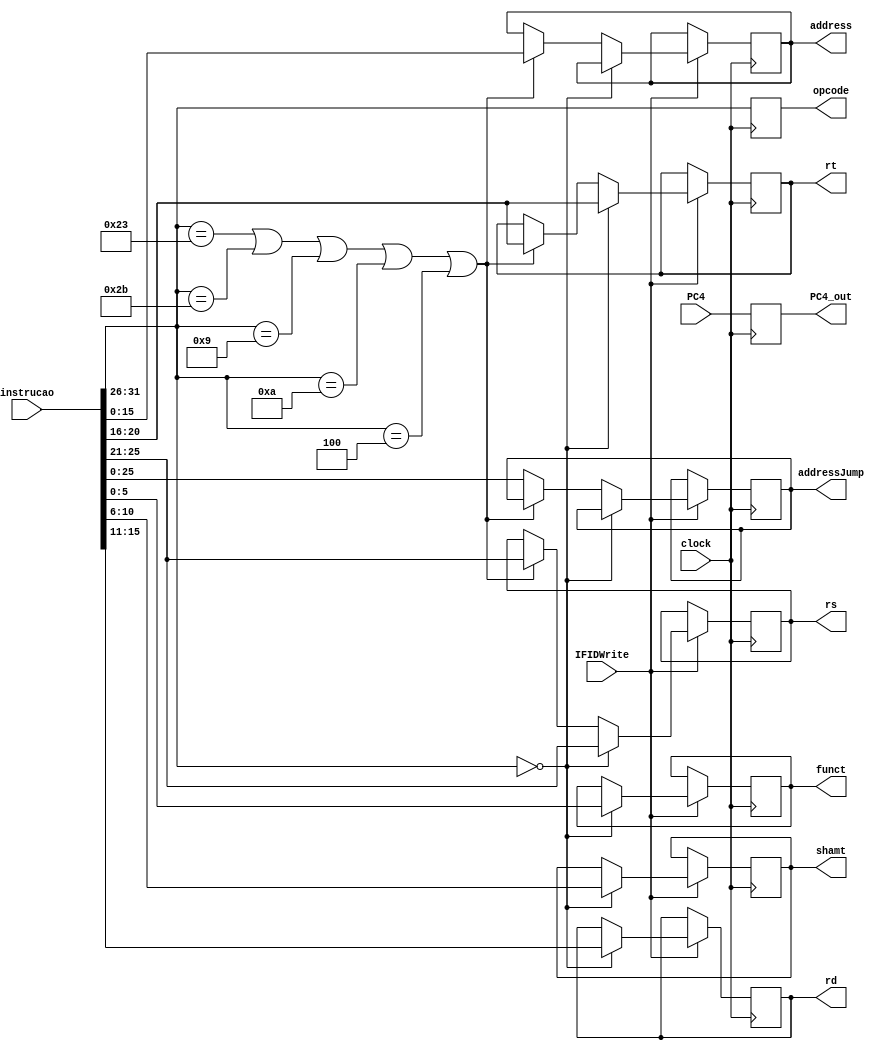
module IFID(clock, PC4, instrucao, IFIDWrite, opcode, rs, rt, rd, shamt, funct, address, addressJump, PC4_out);
    
    input clock;
    input [31:0] instrucao;
    input IFIDWrite;
    input [31:0] PC4;

    output reg [5:0] opcode;
    output reg [31:0] PC4_out;
    output reg [4:0] rs;
    output reg [4:0] rt;
    output reg [4:0] rd;
    output reg [4:0] shamt;
    output reg [5:0] funct;
    output reg [15:0] address;
    output reg [25:0] addressJump;

    always @ (posedge clock)begin
        PC4_out = PC4;
        opcode = instrucao[31:26];
        if(IFIDWrite == 1)begin
            if(opcode == 6'b000000)begin
                rs = instrucao[25:21];
                rt = instrucao[20:16];
                rd = instrucao[15:11];
                shamt = instrucao[10:6];
                funct = instrucao[5:0];
            end else if(opcode == 6'b100011 || opcode == 6'b101011 ||
            opcode == 6'b001001 || opcode == 6'b001010 ||
            opcode == 6'b000100)begin
                rs = instrucao[25:21];
                rt = instrucao[20:16];
                address = instrucao[15:0];  
            end else begin
                addressJump = instrucao[25:0];
            end
        end
    end
endmodule